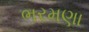
ભરમણા